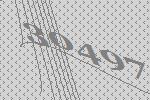
30497